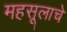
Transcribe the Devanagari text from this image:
महसूलाचे